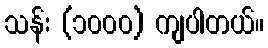
သန်း (၁၀၀၀) ကျပါတယ်။